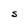
Character: S